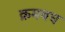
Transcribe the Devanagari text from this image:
क्रमबध